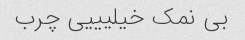
بی نمک خیلیییی چرب